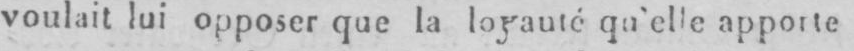
voulait lui opposer que la loyauté qu’elle apporte